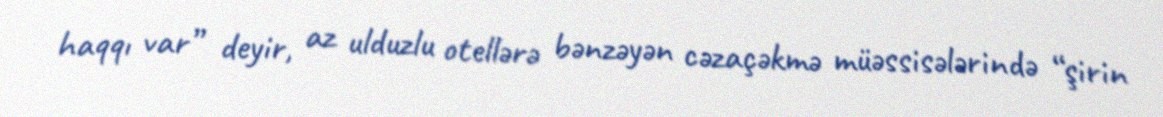
haqqı var” deyir, az ulduzlu otellərə bənzəyən cəzaçəkmə müəssisələrində “şirin